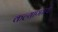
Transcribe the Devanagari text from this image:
कल्याणमधे